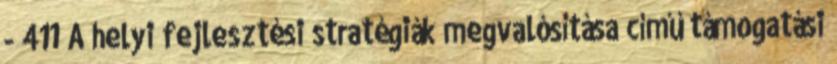
- 411 A helyi fejlesztési stratégiák megvalósítása című támogatási